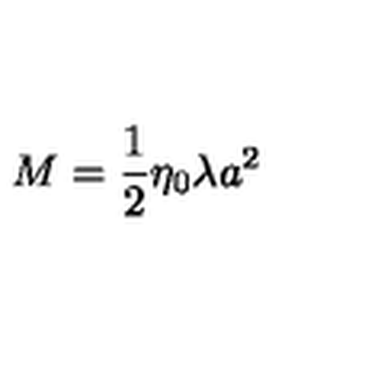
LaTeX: M = \frac 1 2 \eta _ { 0 } \lambda a ^ { 2 }